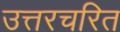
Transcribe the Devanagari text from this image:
उत्तरचरित